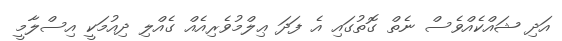
އަދި ޝައްކެއްވެސް ނެތް ގޮތުގައި އެ ފަދަ ޢިލްމުވެރިއެއް ގެއްލި ދިއުމަކީ އިސްލާމީ